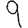
Digit: 9